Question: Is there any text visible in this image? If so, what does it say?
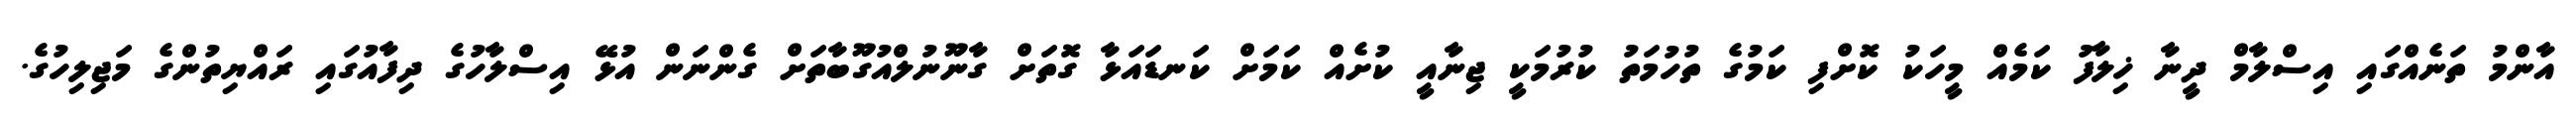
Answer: އާންމު ތަނެއްގައި އިސްލާމް ދީނާ ޚިލާފު ކަމެއް މީހަކު ކޮށްފި ކަމުގެ ތުހުމަތު ކުރުމަކީ ޖިނާއީ ކުށެއް ކަމަށް ކަނޑައަޅާ ގޮތަށް ގާނޫނުލްއުގޫބާތަށް ގެންނަން އުޅޭ އިސްލާހުގެ ދިފާއުގައި ރައްޔިތުންގެ މަޖިލިހުގެ.